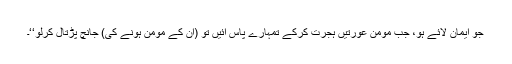
جو ایمان لائے ہو، جب مومن عورتیں ہجرت کرکے تمہارے پاس آئیں تو (ان کے مومن ہونے کی) جانچ پڑتال کرلو‘‘۔